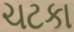
ચટકા